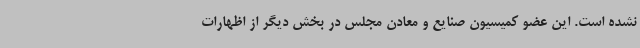
نشده است. این عضو کمیسیون صنایع و معادن مجلس در بخش دیگر از اظهارات